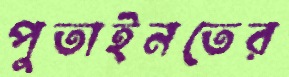
পুতাইনতের